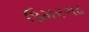
ઉમરગઢ